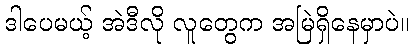
ဒါပေမယ့် အဲဒီလို လူတွေက အမြဲရှိနေမှာပဲ။